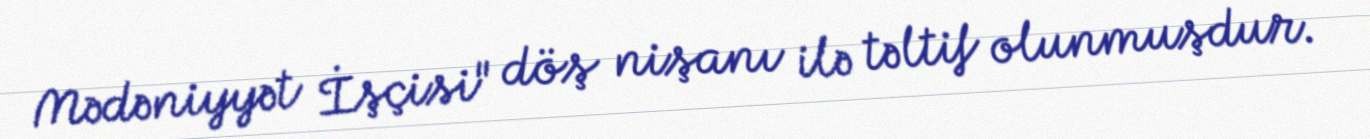
Mədəniyyət İşçisi" döş nişanı ilə təltif olunmuşdur.